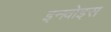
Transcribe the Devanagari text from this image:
इनवोइस